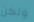
ولكن